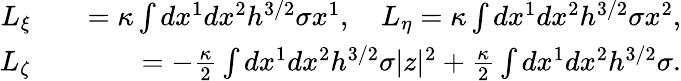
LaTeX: \begin{array}{rlr}{L_{\xi}}&{{}}&{=\kappa\int dx^{1}dx^{2}h^{3/2}\sigma x^{1},\quad L_{\eta}=\kappa\int dx^{1}dx^{2}h^{3/2}\sigma x^{2},}\\ {L_{\zeta}}&{{}}&{=-\frac{\kappa}{2}\int dx^{1}dx^{2}h^{3/2}\sigma|z|^{2}+\frac{\kappa}{2}\int dx^{1}dx^{2}h^{3/2}\sigma.}\end{array}